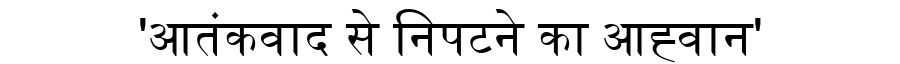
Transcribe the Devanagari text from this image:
'आतंकवाद से निपटने का आह्वान'